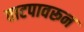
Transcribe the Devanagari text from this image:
वाटपावरून